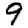
Digit: 9